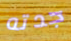
جدته